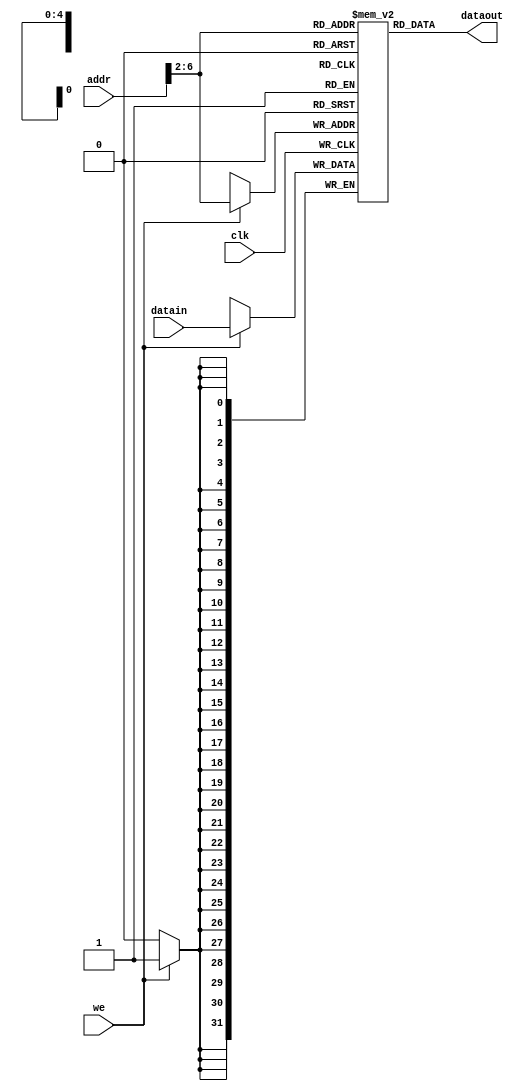
module IP_RAM(we,addr,datain,clk,dataout
    );
	 input [31:0] datain;
	 input [31:0] addr;
	 input clk,we;
	 output [31:0] dataout;
	 reg [31:0] ram [0:31];
	 assign dataout=ram[addr[6:2]];
	 always @(posedge clk)begin
		if(we)ram[addr[6:2]]=datain;
	 end
	 integer i;
	 initial begin
	 for(i=0;i<32;i=i+1)
	    ram[i]=0;
		 ram[5'h00]=126;//32'h00000001;
		 ram[5'h01]=32'h00000001;
		 ram[5'h14]=32'h00000001;
		 ram[5'h15]=32'h00000027;
		 ram[5'h16]=32'h00000079;
		 ram[5'h17]=32'h00000115;
		 end
endmodule